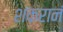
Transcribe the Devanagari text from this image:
शंकरानं